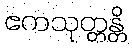
ဧကသုတ္တန္တိ